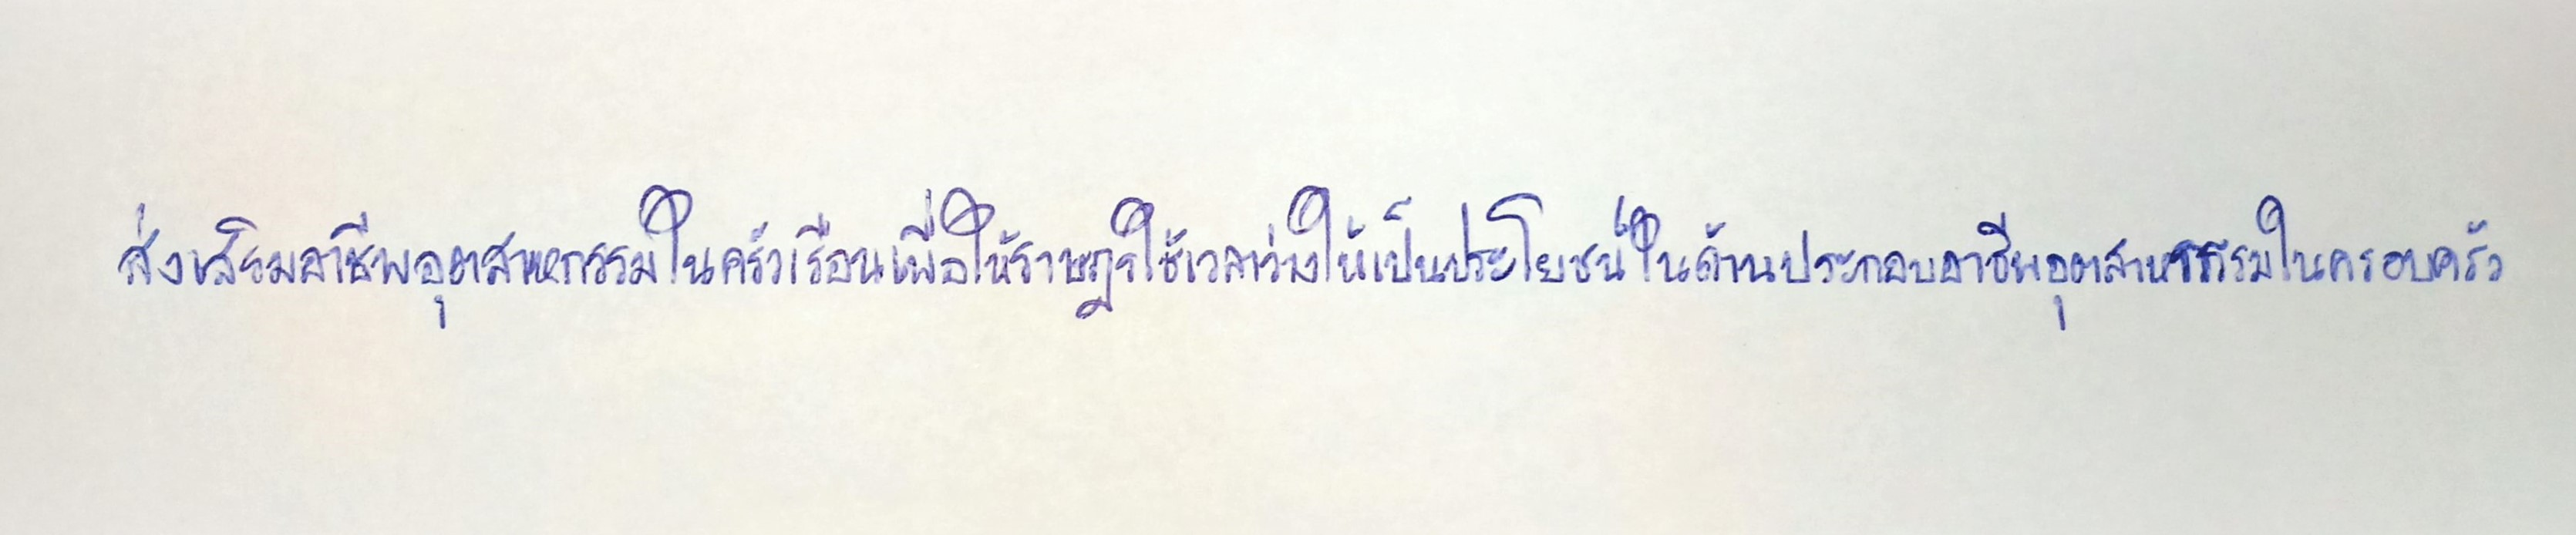
ส่งเสริมอาชีพอุตสาหกรรมในครัวเรือนเพื่อให้ราษฎรใช้เวลาว่างให้เป็นประโยชน์ในด้านประกอบอาชีพอุตสาหกรรมในครอบครัว